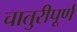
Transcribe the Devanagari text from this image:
चातुरीपूर्ण